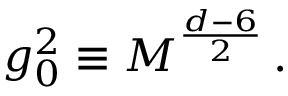
g _ { 0 } ^ { 2 } \equiv M ^ { \frac { d - 6 } { 2 } } \, .